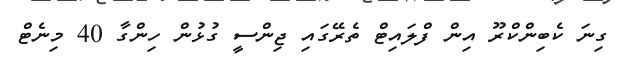
ގިނަ ކެބިންކްރޫ އިން ފްލައިޓް ތެރޭގައި ޖިންސީ ގުޅުން ހިންގާ 40 މިނެޓް